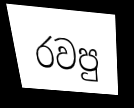
රවපු